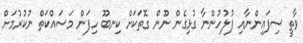
ވާތީ ސިފައިންނާއި ފުލުހުންނާ ގުޅިގެން ނޫން ގޮތަކަށް ކިނބޫ ހިފަން މަސައްކަތް ނުކުރުމަށް